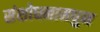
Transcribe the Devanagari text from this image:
संशोधनामधुन